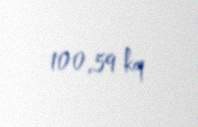
100,59 kq